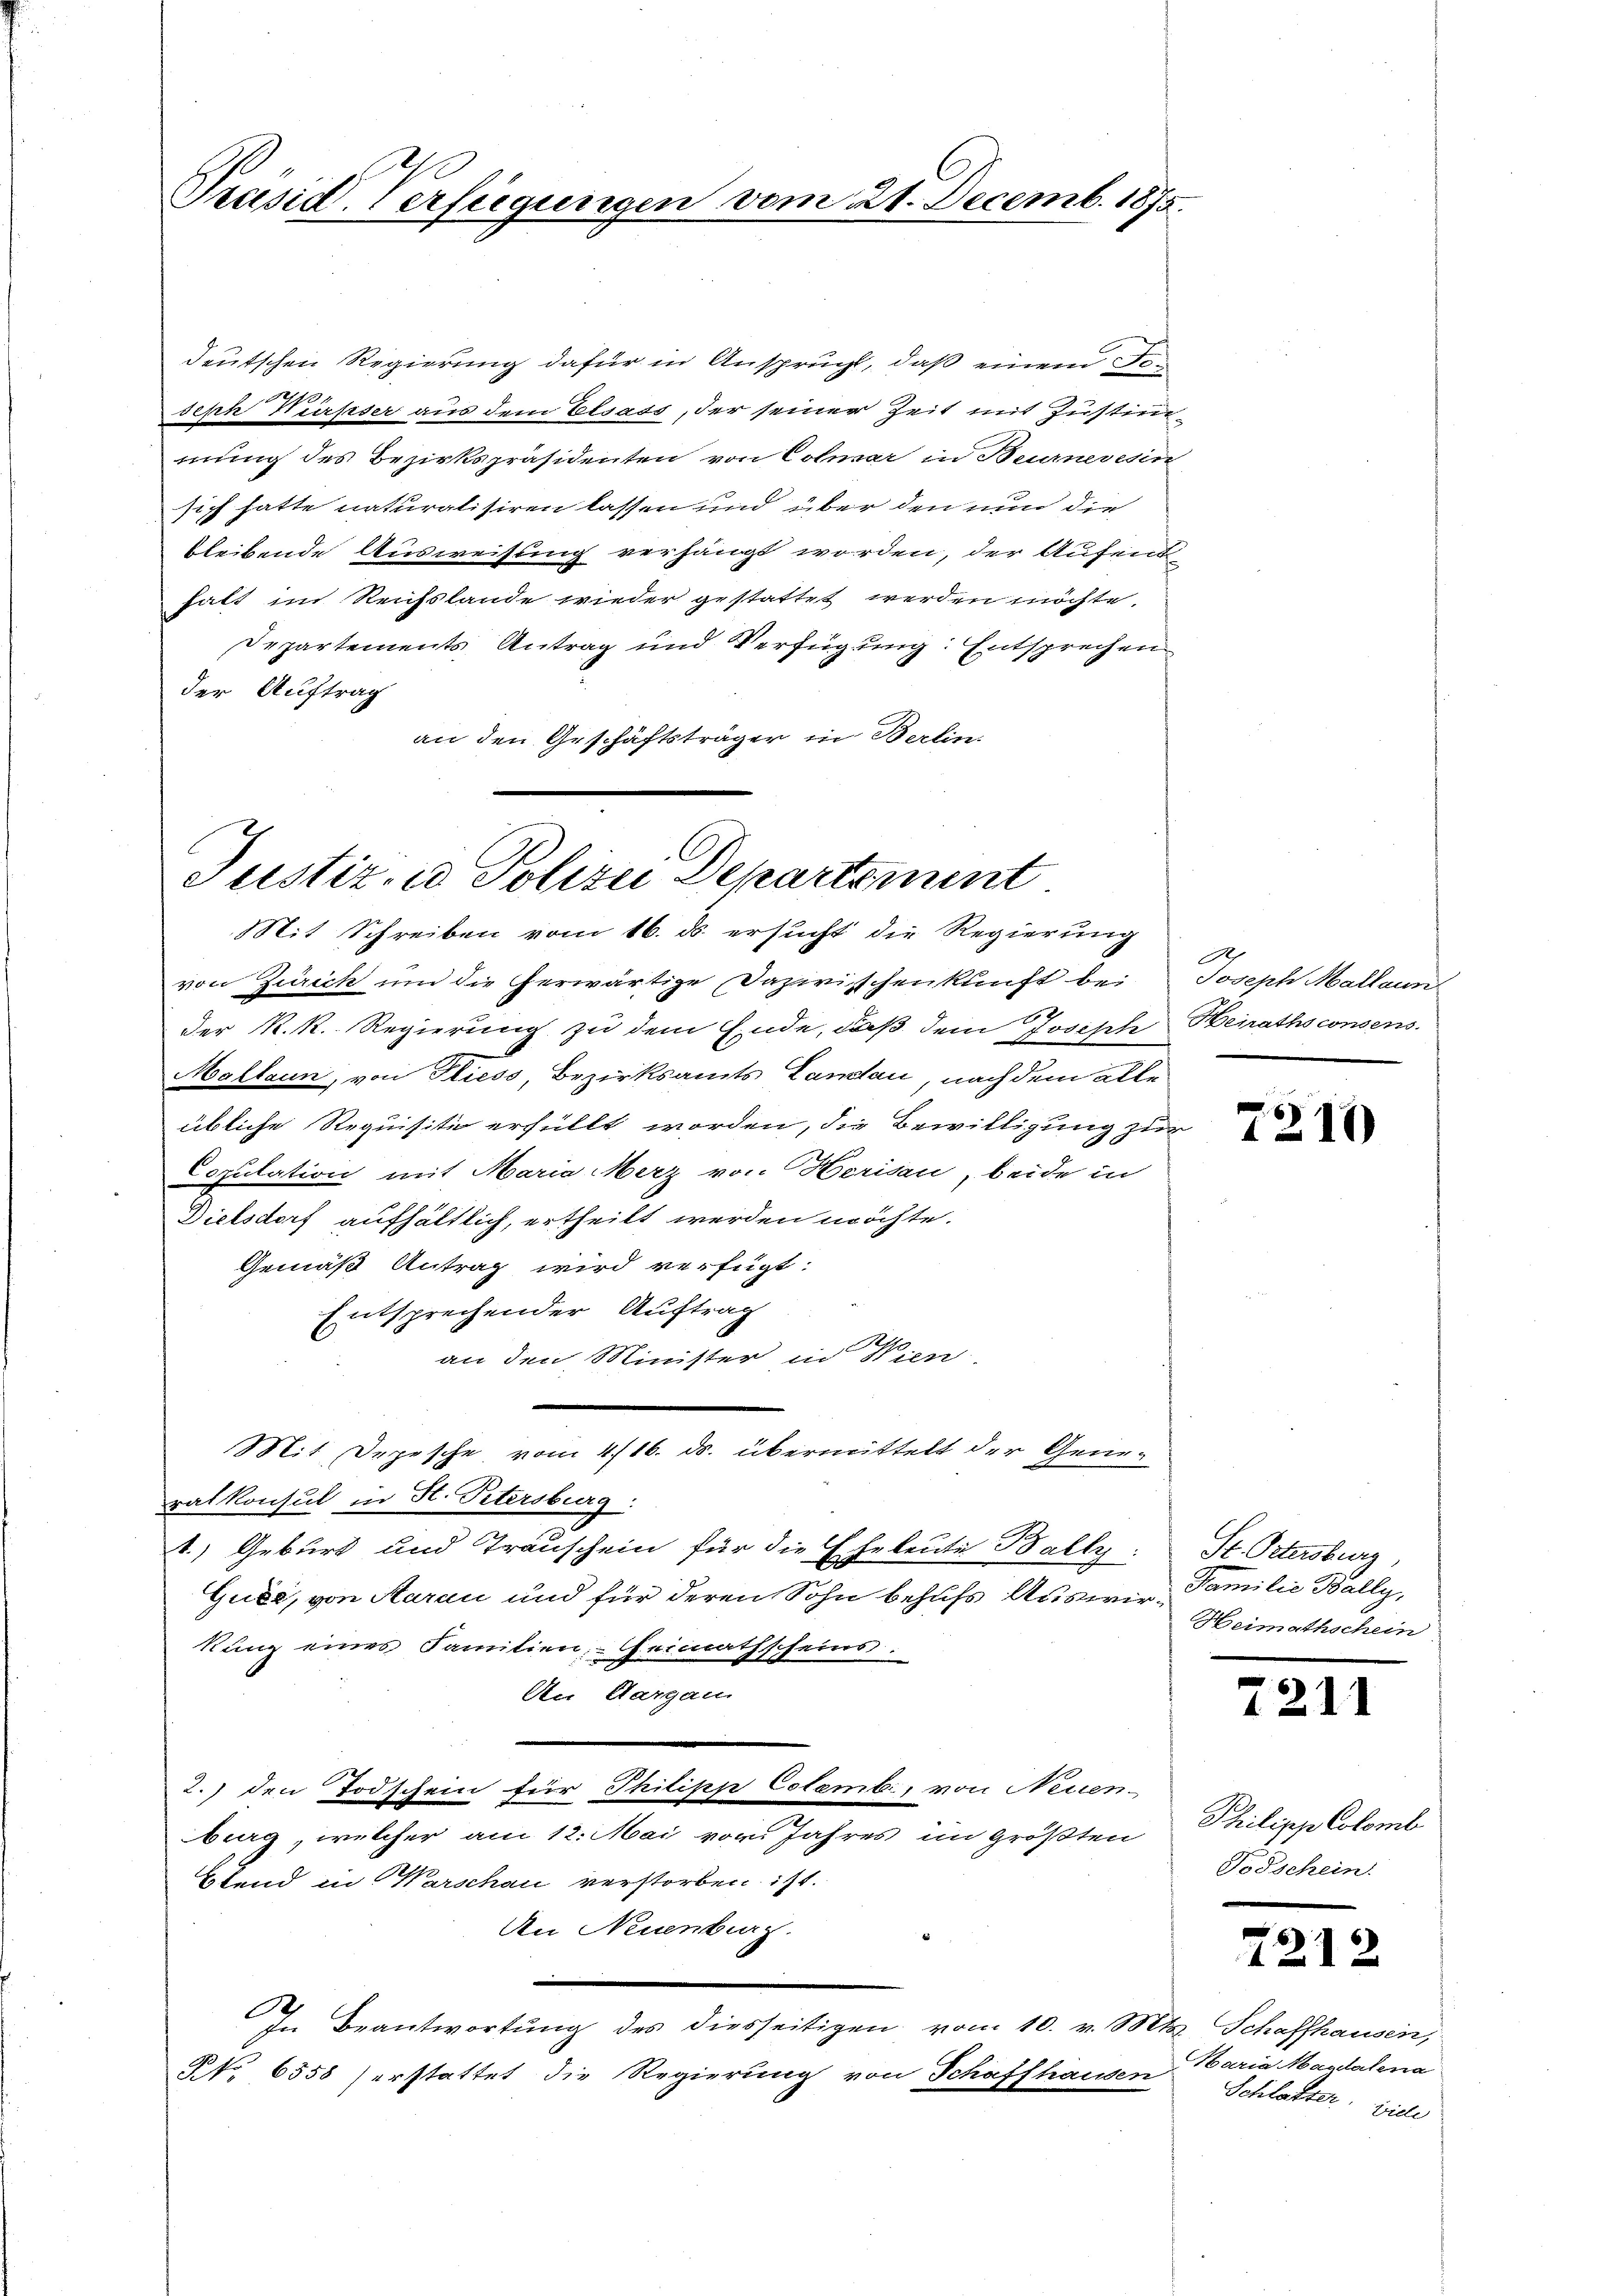
Präsid-Verfügungen vom 21. Decemb. 1875.

deutschen Regierung dafür in Ansprucht, daß einem Joseph Kürsser aus dem Elsass, der seiner Zeit mit Zustimmung des Bezirkspräsidenten von Colmar in Beurneresin
sich hatte naturalisiren lassen und über den nun die
bleibende Ausweisung verhängt worden, der Aufend
falt im Reichslande wieder gestattet werden möchte.
Departements Antrag und Verfügung: Entsprechen
der Auftrag
an den Geschäftsträger in Berlin.

Justiz, u. Polizei Departement

Mit Schreiben vom 16. ds. ersucht die Regierung
von Zürich um die herwärtige Dazwischen klaft bei
der K. R. Regierung zu dem Ende, daß dein Joseph
Mallaun, von Fliess Bezirksamts Canzlau, nach dem alle
übliche Requisitio erfüllt worden, die Bewilligung zu
Copulation mit Maria Merz von Herisau, beide in
Dielsdorf aufhältlich, ertheilt werden möchte.
Gemäß Antrag wird verfügt:
Entsprechender Auftrag
an den Minister in Wien.
ralkonsul in St. Petersburg:
1.) Geburt und Trauschein für die Eheleute Bally.
Quée, von Aarau und für deren Sohn behufs Auswer Familie Bally,
kung eines Familien, Heimathscheins:
An Aargau
2. den Todschein für Thilipp Colemb, von Neuen-
burg, welcher am 12. Mai von Jahres im größten
Stend in Warschau verstorben ist.
An Neuenburg.
e
In Beantwortung des diesseitigen vom 10. v. Mts. Schaffhausen,
NNo. 6558 erstattet die Regierung von Schaffhausen

Mit Depesche vom 4/16. ds. übermittelt der Gene¬

e
Joseph Mallaun
Heirathsconsens.

7211

St. Ostersburg,
Heimathschein

2211

Philipp Colomb
Todschein.

7212

Maria Magdalena
Schlatter, viele